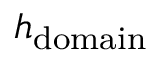
h _ { \mathrm { d o m a i n } }